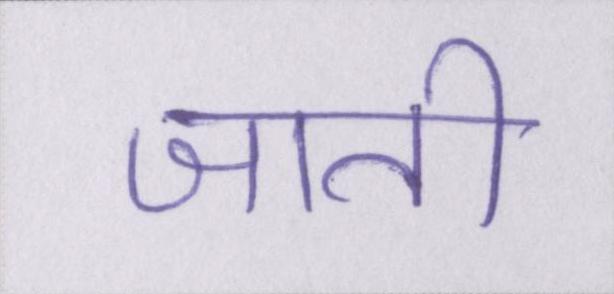
जाती